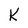
Character: K